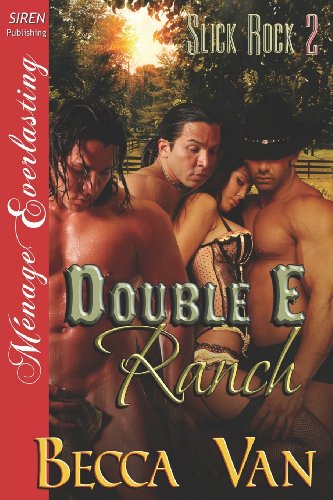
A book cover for Double E Ranch [Slick Rock 2] (Siren Publishing Menage Everlasting); Becca Van; Romance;